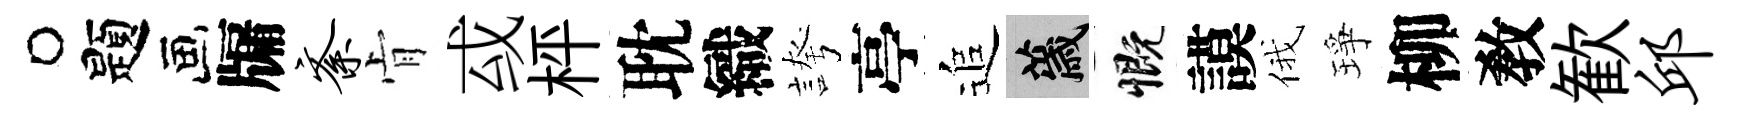
题牖紊肻㦯枰耽織誇亭追薉慨謨俄琤柳敎歓邱